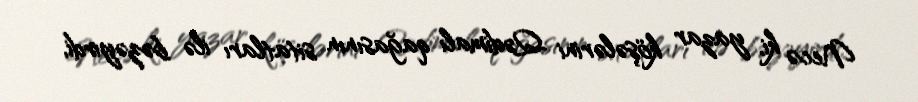
Necə ki, yazar köşələrini Qədimalı qağasının sitatları ilə bəzəyirdi,